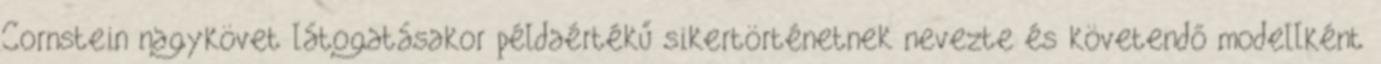
Cornstein nagykövet látogatásakor példaértékű sikertörténetnek nevezte és követendő modellként